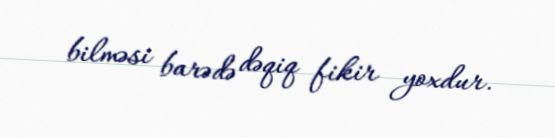
bilməsi barədə dəqiq fikir yoxdur.